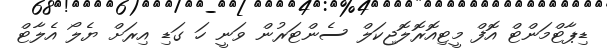
ޑިޕާޓްމަންޓް އޮފް މީޓިއޮރޮލޮޖިކަލް ސެންޓަރުން ވަނީ ހަ ގަޑި އިރަށް ޔެލޯ އެލާޓް